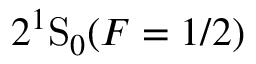
2 ^ { 1 } \mathrm { S } _ { 0 } ( F = 1 / 2 )